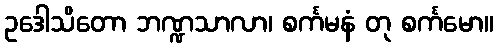
ဥဒေါသိတော ဘဏ္ဍသာလာ၊ စင်္ကမနံ တု စင်္ကမော။